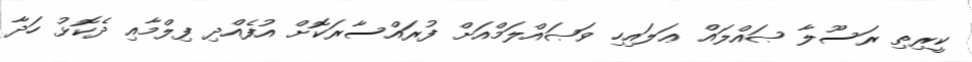
ކީރިތި ރަސޫލާ ޞައްލައް ޢަލައިހި ވަޞައްލަމްއަށް ފުރައްސާރަކޮށް އުފެއްދި ފިލްމާއި ދެކޮޅު ހަދާ